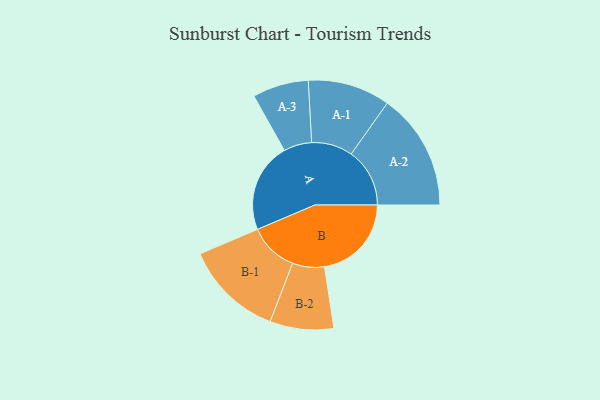
{"axis": {"x": "Segment", "y": "Value"}, "legend": ["", "A", "B"], "data": [{"x": "A", "y": 444, "type": ""}, {"x": "B", "y": 431, "type": ""}, {"x": "A-1", "y": 204, "type": "A"}, {"x": "A-2", "y": 290, "type": "A"}, {"x": "A-3", "y": 139, "type": "A"}, {"x": "B-1", "y": 244, "type": "B"}, {"x": "B-2", "y": 158, "type": "B"}]}